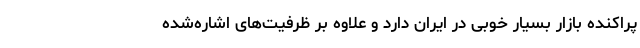
پراکنده بازار بسیار خوبی در ایران دارد و علاوه بر ظرفیت‌های اشاره‌شده